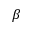
\beta